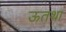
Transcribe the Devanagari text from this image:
ऊतथा